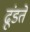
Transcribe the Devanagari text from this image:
ढूंडते